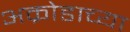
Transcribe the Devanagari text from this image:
अक्रोडाच्या